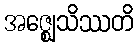
အဇ္ဈေသိဿတိ